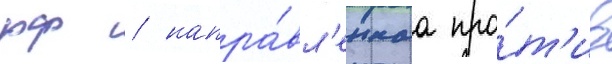
рф / напра́вл'еннаа про́т'ив